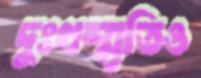
দুঃখস্মৃতিও